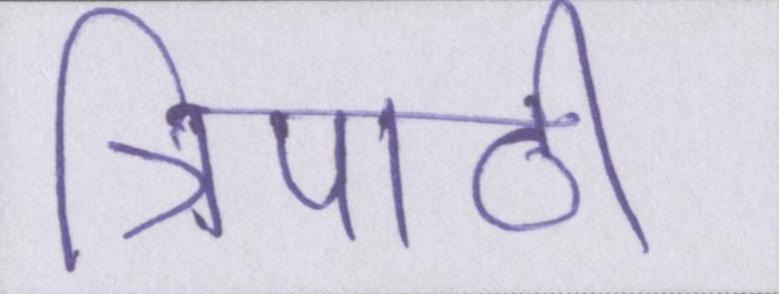
त्रिपाठी